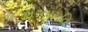
શરતાગતિ